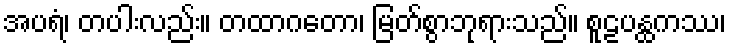
အပရံ၊ တပါးလည်း။ တထာဂတော၊ မြတ်စွာဘုရားသည်။ စူဠပန္ထကဿ၊